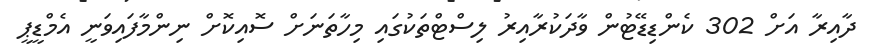
ދާއިރާ އަށް 302 ކެންޑިޑޭޓުން ވާދަކުރާއިރު ލިސްޓްތަކުގައި މިހާތަނަށް ސޮއިކޮށް ނިންމާފައިވަނީ އެމްޑީޕީ